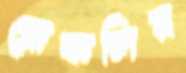
ব্রোকলির